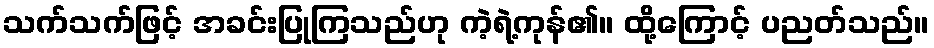
သက်သက်ဖြင့် အခင်းပြုကြသည်ဟု ကဲ့ရဲ့ကုန်၏။ ထို့ကြောင့် ပညတ်သည်။